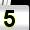
Digit: 5